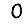
Digit: 0